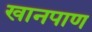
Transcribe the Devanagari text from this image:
खानपाण